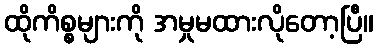
ထိုကိစ္စများကို အမှုမထားလိုတော့ပြီ။